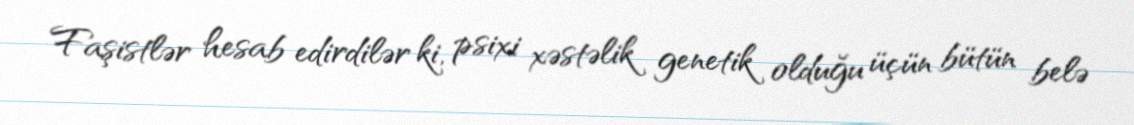
Faşistlər hesab edirdilər ki, psixi xəstəlik genetik olduğu üçün bütün belə